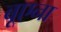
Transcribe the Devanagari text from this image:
बूएना